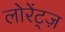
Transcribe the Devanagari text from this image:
लोरेंट्ज़